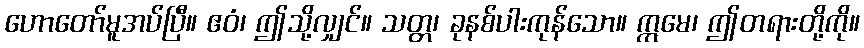
ဟောတော်မူအပ်ပြီ။ ဧဝံ၊ ဤသို့လျှင်။ သတ္တ၊ ခုနစ်ပါးကုန်သော။ ဣမေ၊ ဤတရားတို့ကို။